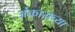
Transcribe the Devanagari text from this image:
अंकाराच्या